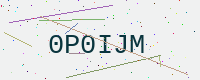
Text: 0P0IJM